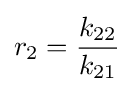
r_{2}={\frac {k_{22}}{k_{21}}}